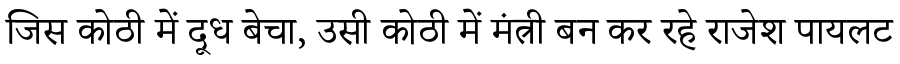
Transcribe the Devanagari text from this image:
जिस कोठी में दूध बेचा, उसी कोठी में मंत्री बन कर रहे राजेश पायलट